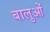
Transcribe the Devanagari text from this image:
बालुओं